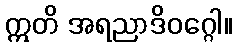
ဣတိ အရညာဒိဝဂ္ဂေါ။